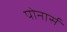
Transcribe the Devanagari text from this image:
पोनार्स